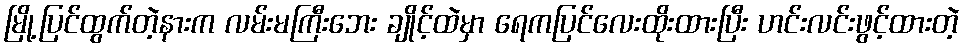
မြို့ပြင်ထွက်တဲ့နားက လမ်းမကြီးဘေး ချိုင့်ထဲမှာ ရေကပြင်လေးထိုးထားပြီး ဟင်းလင်းဖွင့်ထားတဲ့